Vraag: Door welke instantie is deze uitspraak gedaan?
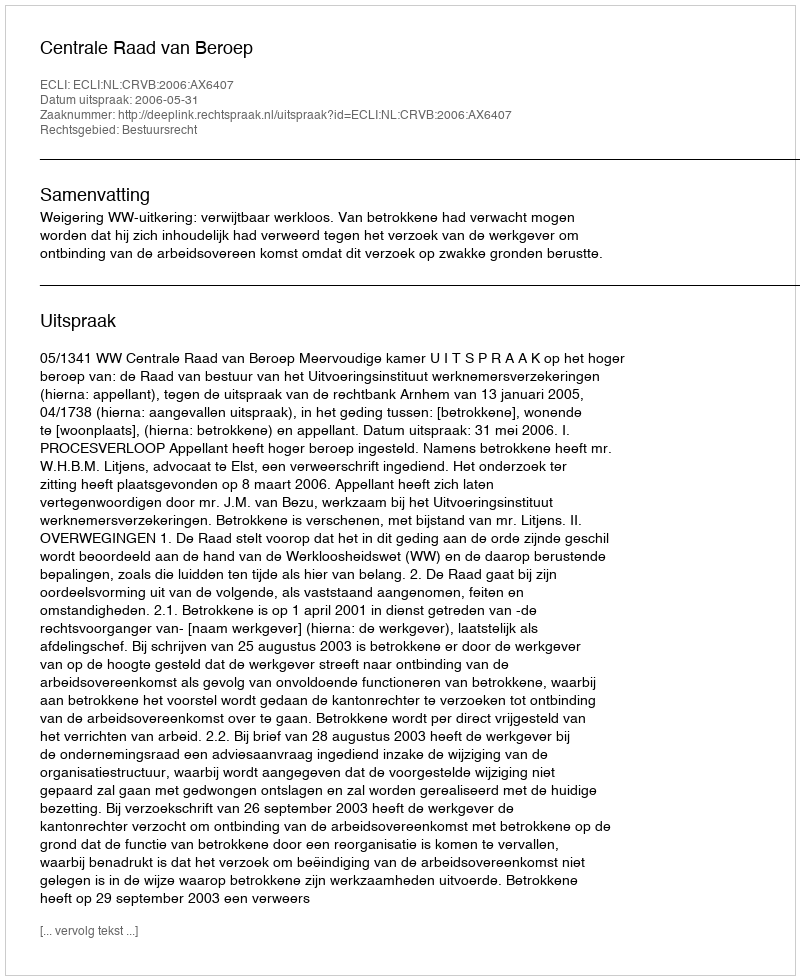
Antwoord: Centrale Raad van Beroep